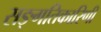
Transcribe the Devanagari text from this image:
सङ्गतिकारिणी